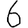
Digit: 6